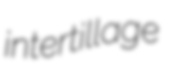
intertillage